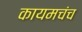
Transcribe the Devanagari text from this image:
कायमचंच